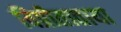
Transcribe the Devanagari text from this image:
विप्रीताताया